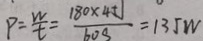
P = \frac { W } { t } = \frac { 1 8 0 \times 4 5 J } { 6 0 S } = 1 3 5 W